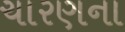
ચારણના